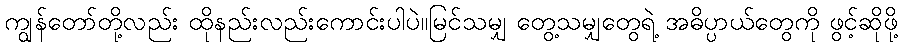
ကျွန်တော်တို့လည်း ထိုနည်းလည်းကောင်းပါပဲ။မြင်သမျှ တွေ့သမျှတွေရဲ့ အဓိပ္ပာယ်တွေကို ဖွင့်ဆိုဖို့